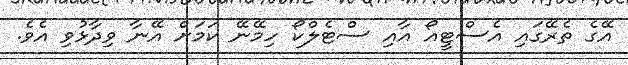
އޭގެ ތެރޭގައި އެސްޓީއޯ އާއި ސްޓެލްކޯ ހިމޭނޭ ކަމަށް އޭނާ ވިދާޅުވި އެވެ.